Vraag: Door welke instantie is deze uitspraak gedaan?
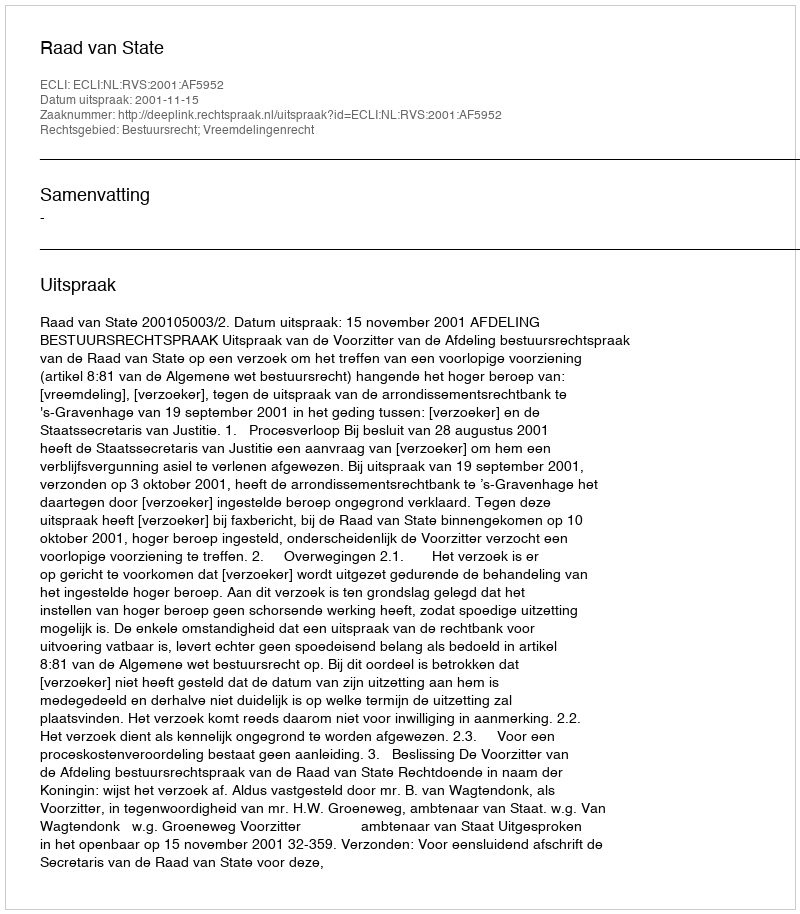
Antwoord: Raad van State